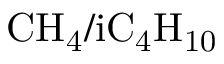
\mathrm { C H _ { 4 } / i C _ { 4 } H _ { 1 0 } }